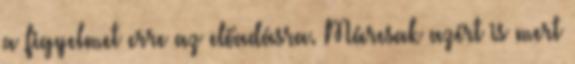
a figyelmet erre az előadásra. Márcsak azért is mert